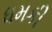
ધમકી